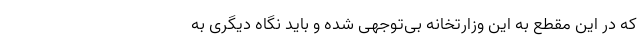
که در این مقطع به این وزارتخانه بی‌توجهی شده و باید نگاه دیگری به